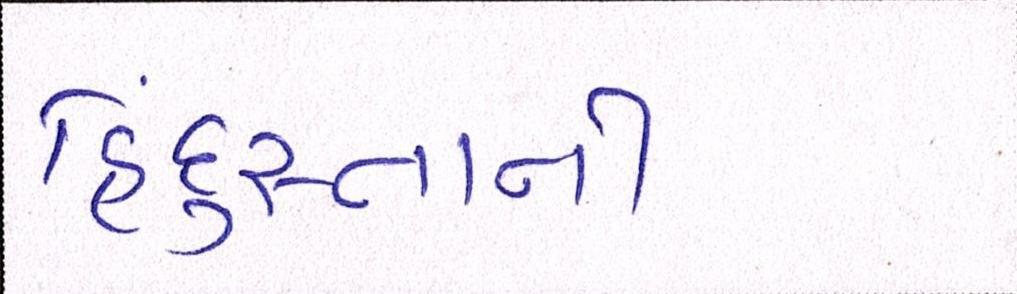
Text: હિંદુસ્તાની